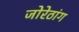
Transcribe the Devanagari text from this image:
जोरेठांग